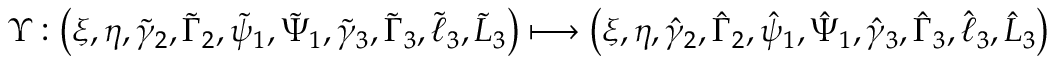
\Upsilon : \left( \xi , \eta , \tilde { \gamma } _ { 2 } , \tilde { \Gamma } _ { 2 } , \tilde { \psi } _ { 1 } , \tilde { \Psi } _ { 1 } , \tilde { \gamma } _ { 3 } , \tilde { \Gamma } _ { 3 } , \tilde { \ell } _ { 3 } , \tilde { L } _ { 3 } \right) \longmapsto \left( \xi , \eta , \hat { \gamma } _ { 2 } , \hat { \Gamma } _ { 2 } , \hat { \psi } _ { 1 } , \hat { \Psi } _ { 1 } , \hat { \gamma } _ { 3 } , \hat { \Gamma } _ { 3 } , \hat { \ell } _ { 3 } , \hat { L } _ { 3 } \right)